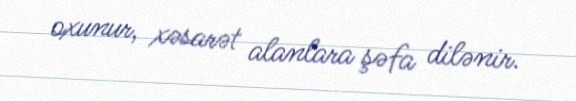
oxunur, xəsarət alanlara şəfa dilənir.